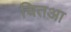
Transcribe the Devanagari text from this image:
चितआ